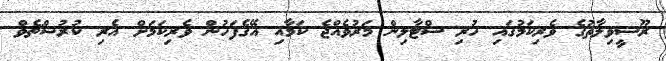
ރޫސީވިލާތުގެ ވެރިކަމުގައި ހުރި ސްޓާލިން މަރުވެއްޖެ ކަމާއި އޭގެފަހުން ވެރިކަމަށް އެރި ކުރުޝްޗެވް